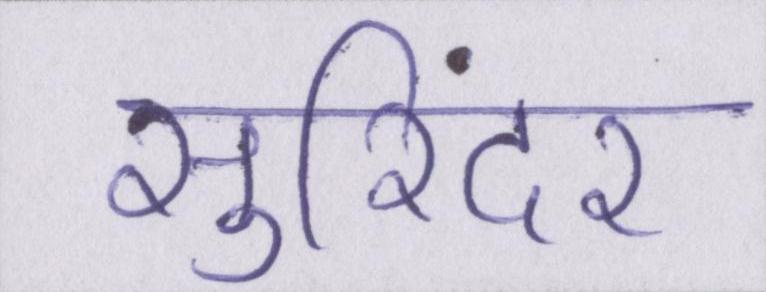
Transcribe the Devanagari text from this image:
सुरिंदर